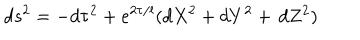
LaTeX: d s ^ { 2 } = - d \tau ^ { 2 } + e ^ { 2 \tau / l } ( d X ^ { 2 } + d Y ^ { 2 } + \, d Z ^ { 2 } )